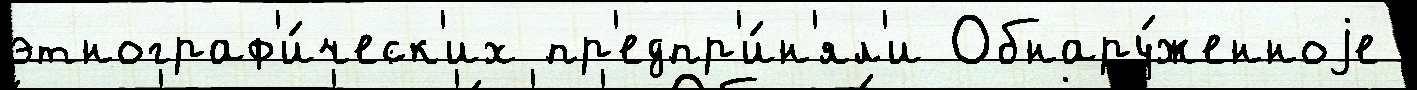
этнограф'и́ческ'их пр'едпр'и́н'ял'и Обнару́женноjе